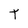
Character: T